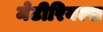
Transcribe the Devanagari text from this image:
मेटीरियल्स